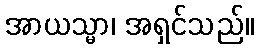
အာယသ္မာ၊ အရှင်သည်။